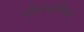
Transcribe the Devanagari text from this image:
चौरपंचाशिका